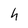
Character: h